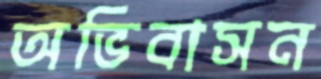
অভিবাসন